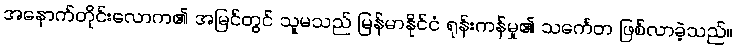
အနောက်တိုင်းလောက၏ အမြင်တွင် သူမသည် မြန်မာနိုင်ငံ ရုန်းကန်မှု၏ သင်္ကေတ ဖြစ်လာခဲ့သည်။